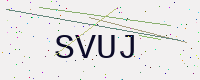
Text: SVUJ